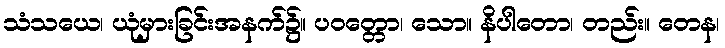
သံသယေ၊ ယုံမှားခြင်းအနက်၌။ ပဝတ္တော၊ သော။ နိပါတော၊ တည်း။ တေန၊